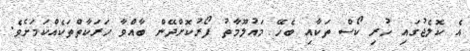
އެ ކޮލެޖުގައި ހުރި ކޯސް ތަކާއި ބެހޭ މައުލޫމާތު ފޯރުކޮށްދޭން ބާއްވާ ހަރަކާތްތަކެއްކަމަށެވެ.